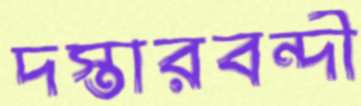
দস্তারবন্দী